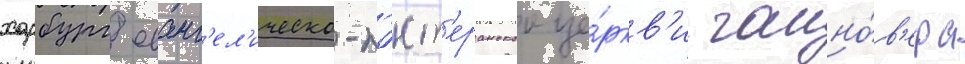
харбург еванг'ел'ическо-л'ют'еранскои це́ркв'и ганно́в'ера